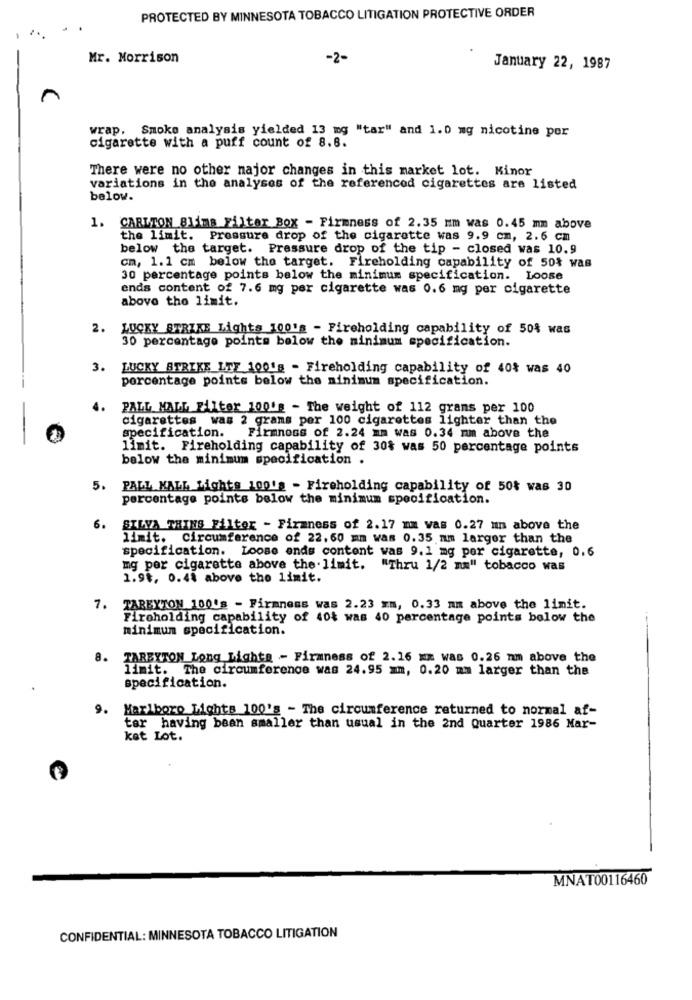
PROTECTED BY MINNESOTA TOBACCO LITIGATION PROTECTIVE ORDER
Mr. Morrison
-2-
January 22, 1987
wrap. Smoke analysis yielded 13 mg "tar" and 1.0 mg nicotine per
cigarette with a puff count of 8.8.
There were no other major changes in this market lot. Minor
variations in the analyses of the referenced cigarettes are listed
below.
1. CARLTON Blims Filter Box - Firmness of 2.35 mm was 0.45 mm above
the limit. Pressure drop of the cigarette was 9.9 cm, 2.6 cm
below the target. Pressure drop of the tip - closed was 10.9
cm, 1.1 cm below the target. Fireholding capability of 50% was
30 percentage points below the minimum specification. Loose
ends content of 7.6 mg per cigarette was 0.6 mg per cigarette
above the limit.
2. LUCKY STRIKE Lights 100's - Fireholding capability of 50% was
30 percentage points below the minimum specification.
3. LUCKY STRIKE LTF 100's - Fireholding capability of 40% was 40
percentage points below the minimum specification.
PALL MALL Filter 100'g - The weight of 112 grans per 100
cigarettes was 2 grams per 100 cigarettes lighter than the
specification.
Firmnoss of 2.24 mm was 0.34 mm above the
limit. Fireholding capability of 30% was 50 percentage points
below the minimum specification .
5.
PALL MALL Lights 100's - Fireholding capability of 50% was 30
percentage points below the minimum specification.
6.
SILVA THINS Filter - Firmness of 2.17 m vas 0.27 un above the
limit. Circumference of 22.60 mm was 0.35 mm larger than the
specification. Loose ends content was 9.1 mg per cigarette, 0.6
mg per cigarette above the limit. "Thru 1/2 mm" tobacco was
1.94, 0.48 above the limit.
7. TAREYTON 100's - Firmness was 2.23 mm, 0.33 mm above the limit.
Firoholding capability of 40$ was 40 percentage points below the
minimum specification.
8. TARBYTON Long Lights - Firmness of 2.16 xx was 0.26 nm above the
limit. The circumference was 24.95 mm, 0.20 mm larger than the
specification.
9. Marlboro Lights 100's - The circumference returned to normal af-
tar having been smaller than usual in the 2nd Quarter 1986 Mar-
kat Lot.
MNAT00116460
CONFIDENTIAL: MINNESOTA TOBACCO LITIGATION